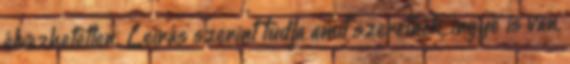
élvezhetetlen. Leírás szerint tudja amit szeretnék, ingyé’ is van,